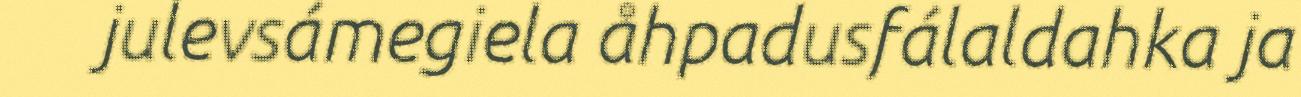
julevsámegiela åhpadusfálaldahka ja